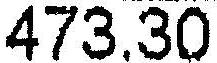
473.30